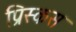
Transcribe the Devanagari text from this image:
प्रिस्कस